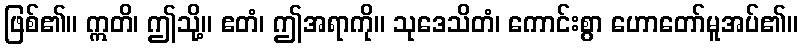
ဖြစ်၏။ ဣတိ၊ ဤသို့။ ဧတံ၊ ဤအရာကို။ သုဒေသိတံ၊ ကောင်းစွာ ဟောတော်မူအပ်၏။